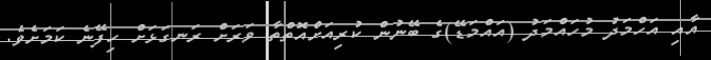
އާއި އަހްމަދު މުހައްމަދު (އައްމަޑޭ)ގެ ބޭނުން ކުރިއަށްއޮތްތާ ވަރަށް ރަނގަޅަށް ހިފޭނެ ކަމަށެވެ.